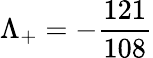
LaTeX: \Lambda_{+}=-\frac{121}{108}